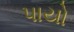
પાયો